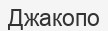
Джакопо